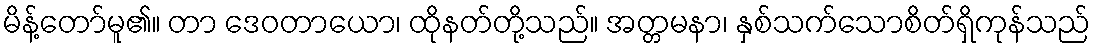
မိန့်တော်မူ၏။ တာ ဒေဝတာယော၊ ထိုနတ်တို့သည်။ အတ္တမနာ၊ နှစ်သက်သောစိတ်ရှိကုန်သည်